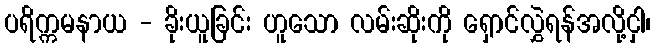
ပရိက္ကမနာယ - ခိုးယူခြင်း ဟူသော လမ်းဆိုးကို ရှောင်လွှဲရန်အလို့ငှါ၊